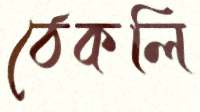
ঠেকলি